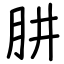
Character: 肼